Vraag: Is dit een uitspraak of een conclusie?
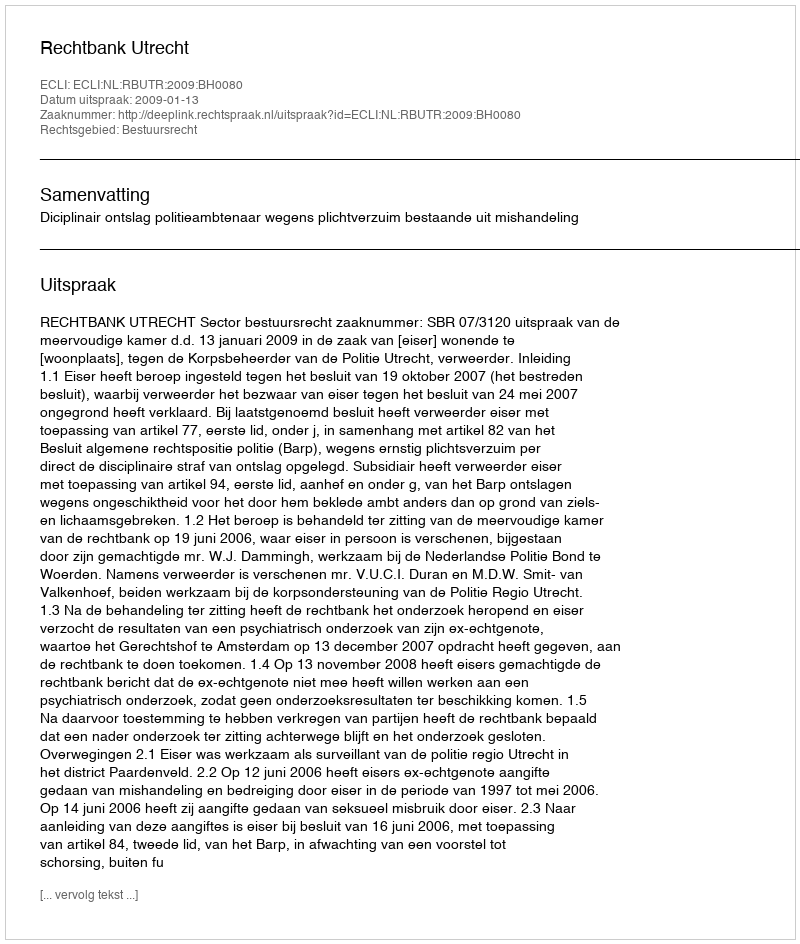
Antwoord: Uitspraak